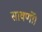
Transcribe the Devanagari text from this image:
सावर्णी।